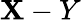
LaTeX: \mathbf{X}-Y